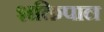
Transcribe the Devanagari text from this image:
शक्तिपाल